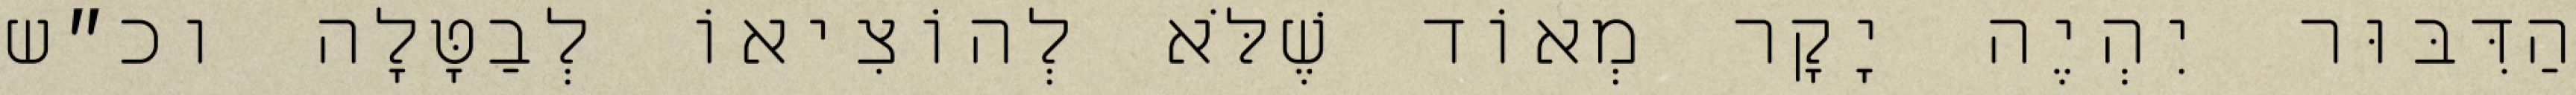
הַדִּבּוּר יִהְיֶה יָקָר מְאוֹד שֶׁלֹּא לְהוֹצִיאוֹ לְבַטָּלָה וכ״ש